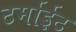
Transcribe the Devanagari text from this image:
टर्माईट